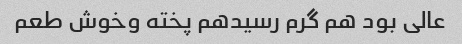
عالی بود هم گرم رسیدهم پخته وخوش طعم